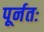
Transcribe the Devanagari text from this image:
पूर्नतः